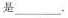
是---。